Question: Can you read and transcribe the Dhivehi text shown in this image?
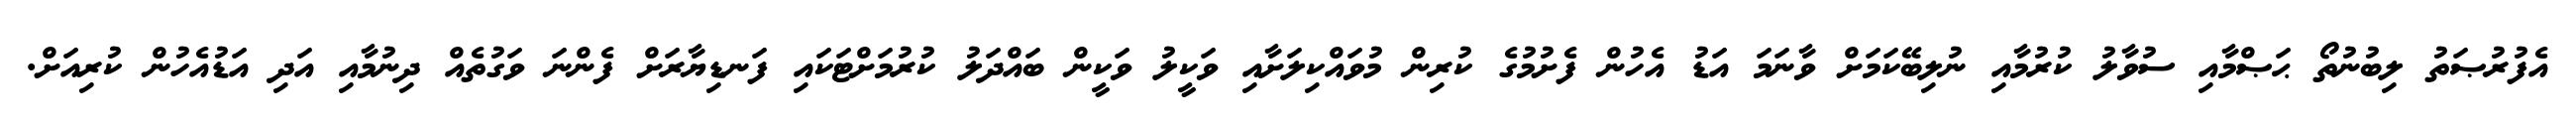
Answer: އެފުރުޞަތު ލިބުނުތޯ ޙަޞްމާއި ސުވާލު ކުރުމާއި ނުލިބޭކަމަށް ވާނަމަ އަޑު އެހުން ފެށުމުގެ ކުރިން މުވައްކިލަށާއި ވަކީލު ވަކީން ބައްދަލު ކުރުމަށްޓަކައި ފަނޑިޔާރަށް ފެންނަ ވަގުތެއް ދިނުމާއި އަދި އަޑުއެހުން ކުރިއަށް.